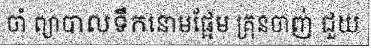
ចាំ ព្យាបាលទឹកនោមផ្អែម គ្រុនចាញ់ ជួយ